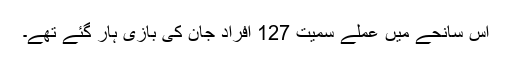
اس سانحے میں عملے سمیت 127 افراد جان کی بازی ہار گئے تھے۔